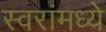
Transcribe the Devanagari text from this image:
स्वरांमध्ये